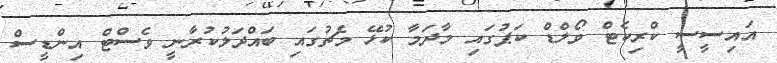
އައިސީސީ ކްރިކެޓް ވޯލްޑް ކަޕުގައި މާދަމާ ކުޅޭ މެޗުގައި ބައްދަލުކުރާނީ ވެސްޓް އިންޑީސް